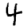
Digit: 4